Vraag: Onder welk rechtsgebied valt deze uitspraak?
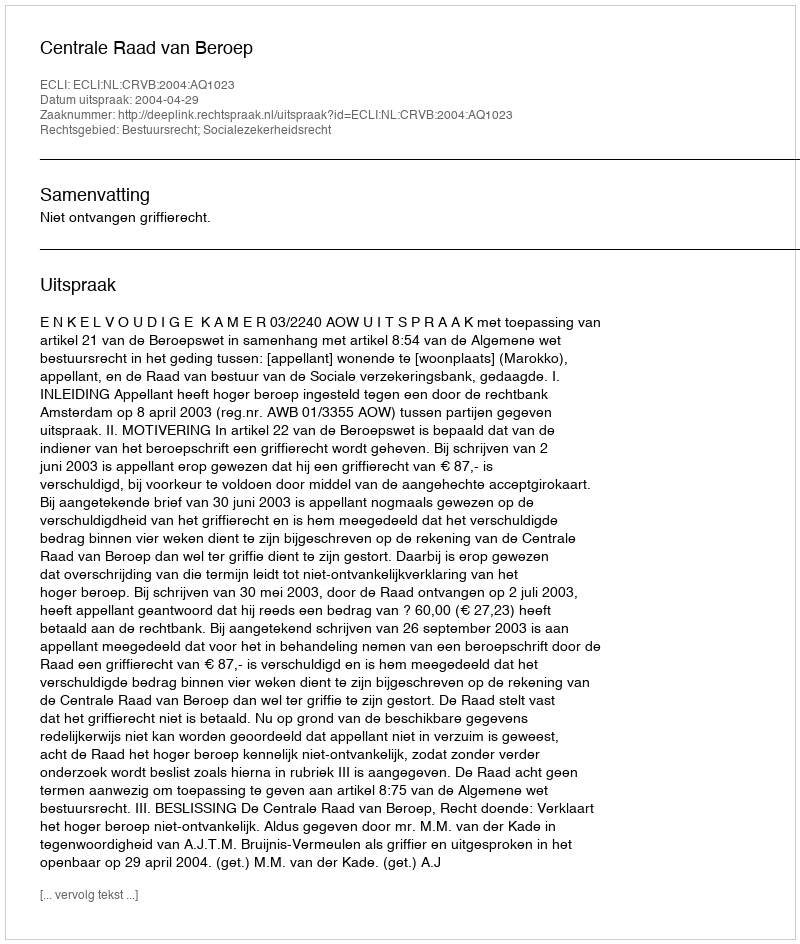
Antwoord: Bestuursrecht; Socialezekerheidsrecht